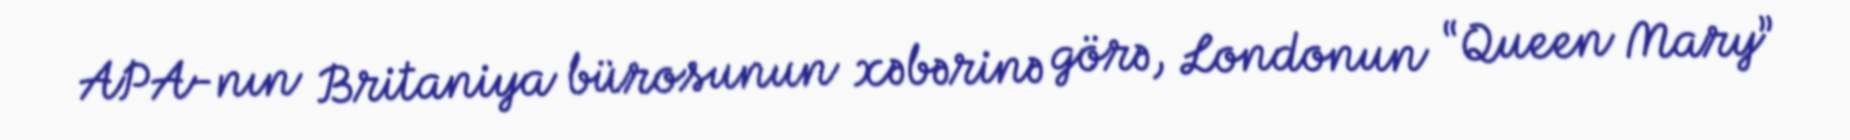
APA-nın Britaniya bürosunun xəbərinə görə, Londonun “Queen Mary”